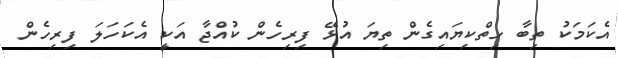
އެކަމަކު ތިބާ ހިތްކިޔައިގެން ތިޔަ އުޅޭ ފިރިހެން ކުއްޖާ އަކީ އެކަހަލަ ފިރިހެން